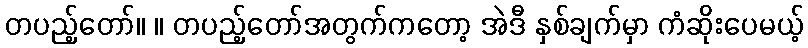
တပည့်တော်။ ။ တပည့်တော်အတွက်ကတော့ အဲဒီ နှစ်ချက်မှာ ကံဆိုးပေမယ့်